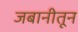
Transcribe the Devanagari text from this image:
जबानीतून